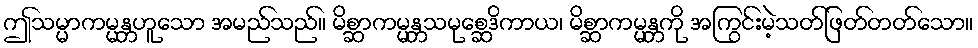
ဤသမ္မာကမ္မန္တဟူသော အမည်သည်။ မိစ္ဆာကမ္မန္တသမုစ္ဆေဒိကာယ၊ မိစ္ဆာကမ္မန္တကို အကြွင်းမဲ့သတ်ဖြတ်တတ်သော။